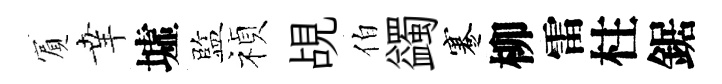
賔𦍒墟監禎覘伯蠲蹇柳雷柱鋸